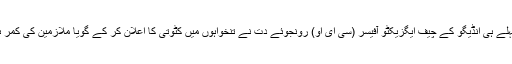
لیکن اس سے پہلے ہی انڈیگو کے چیف ایگزیکٹو آفیسر (سی ای او) رونجوئے دت نے تنخواہوں میں کٹوتی کا اعلان کر کے گویا ملازمین کی کمر ہی توڑ دی ہے۔